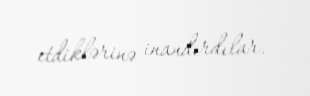
etdiklərinə inandırdılar.